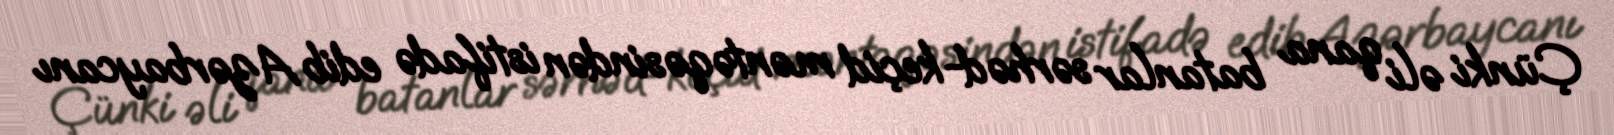
Çünki əli qana batanlar sərhəd-keçid məntəqəsindən istifadə edib Azərbaycanı